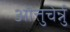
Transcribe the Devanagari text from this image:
ऒत्तुचेर्न्नु